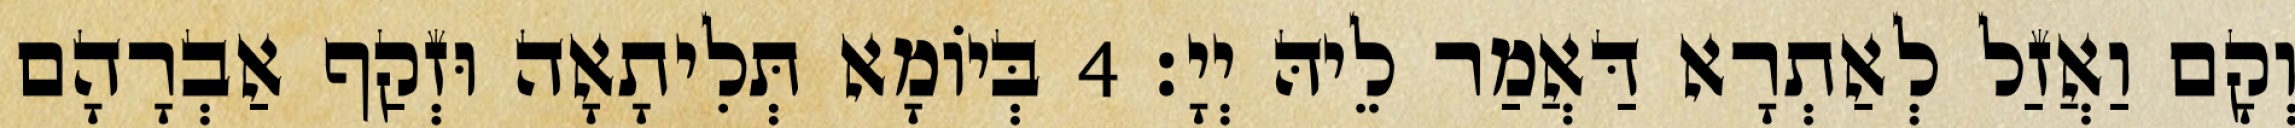
וְקָם וַאֲזַל לְאַתְרָא דַּאֲמַר לֵיהּ יְיָ׃ 4 בְּיוֹמָא תְּלִיתָאָה וּזְקַף אַבְרָהָם